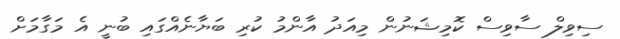
ސިވިލް ސާވިސް ކޮމިޝަނުން މިއަދު އާންމު ކުރި ބަޔާނެއްގައި ބުނީ އެ މަގާމަށް